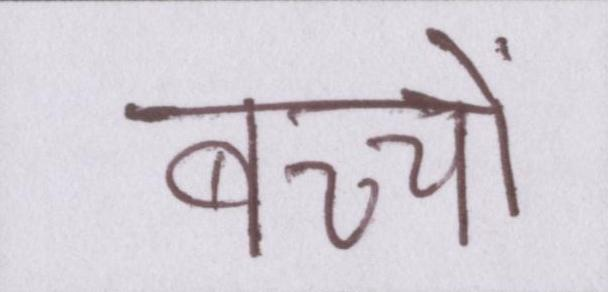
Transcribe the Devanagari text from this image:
बच्चों